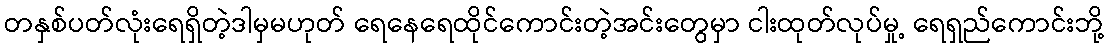
တနှစ်ပတ်လုံးရေရှိတဲ့ဒါမှမဟုတ် ရေနေရေထိုင်ကောင်းတဲ့အင်းတွေမှာ ငါးထုတ်လုပ်မှု့ ရေရှည်ကောင်းဘို့